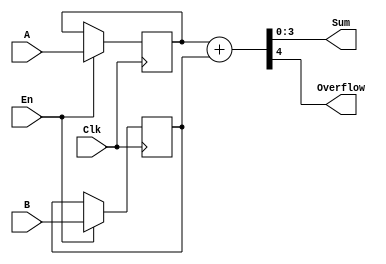
`timescale 1ns / 1ps
//////////////////////////////////////////////////////////////////////////////////
// Company: 
// Engineer: 
// 
// Design Name: 
// Module Name:    adder 
// Project Name: 
// Target Devices: 
// Tool versions: 
// Description: 
//
// Dependencies: 
//
// Revision: 
// Revision 0.01 - File Created
// Additional Comments: 
//
//////////////////////////////////////////////////////////////////////////////////
module adder(
    input [3:0] A,
    input [3:0] B,
    input Clk,
    input En,
    output [3:0] Sum,
    output Overflow
    );

reg [3:0] a, b;
assign {Overflow, Sum} = a + b;

initial
begin
	a <= 0;
	b <= 0;
end

always @(posedge Clk)
begin
	if (En)
	begin
		a <= A;
		b <= B;
	end
end

endmodule